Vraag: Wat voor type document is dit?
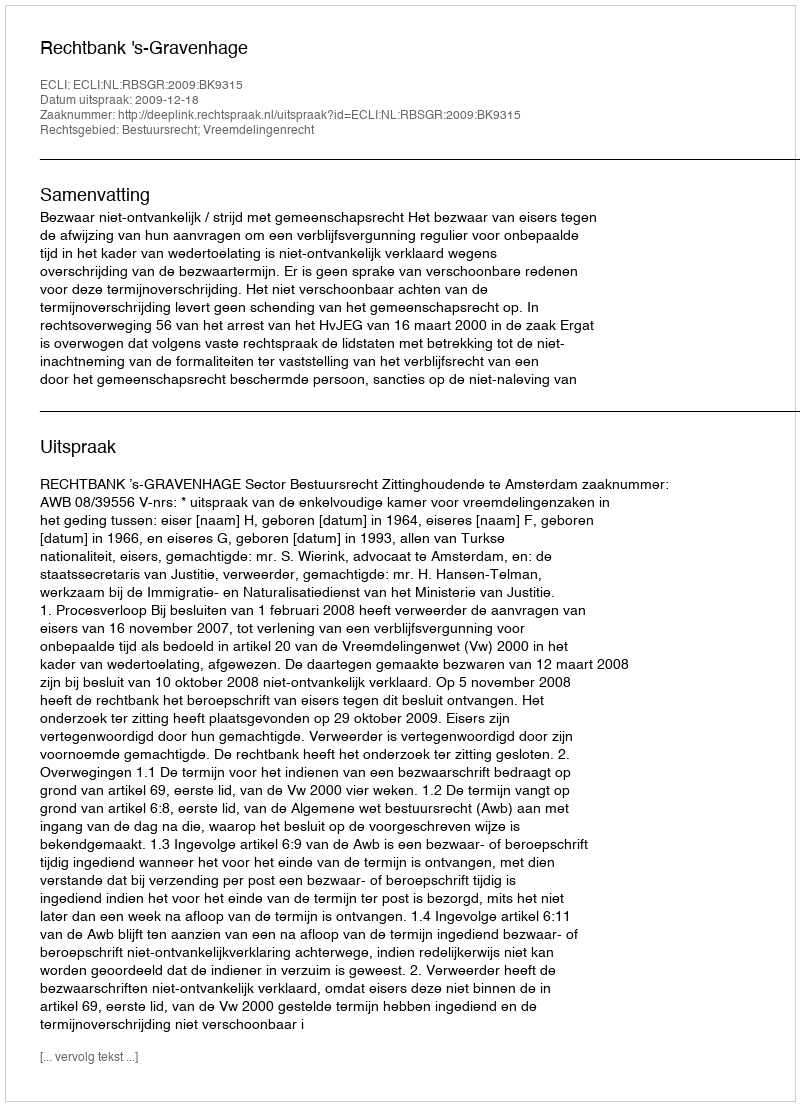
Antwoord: Uitspraak